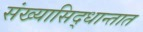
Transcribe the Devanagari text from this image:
संख्यासिद्धान्तात